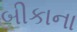
બીકાના